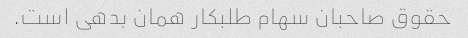
حقوق صاحبان سهام طلبکار همان بدهی است.